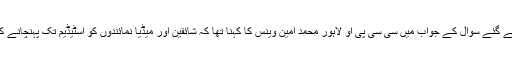
اضافی انتظامات سے متعلق پوچھے گئے سوال کے جواب میں سی سی پی او لاہور محمد امین وینس کا کہنا تھا کہ شائقین اور میڈیا نمائندوں کو اسٹیڈیم تک پہنچانے کے لیے شٹل سروس موجود ہوگی۔